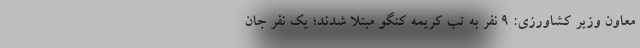
معاون وزیر کشاورزی: ۹ نفر به تب کریمه کنگو مبتلا شدند؛ یک نفر جان